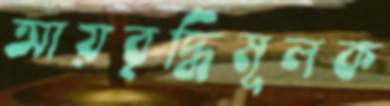
আয়বৃদ্ধিমূলক